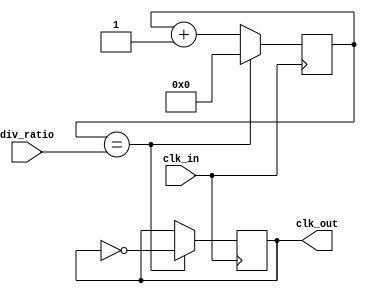
module fractional_clock_divider (
    input wire clk_in,
    input wire [7:0] div_ratio,
    output reg clk_out
);

reg [7:0] count;

always @ (posedge clk_in) begin
    if (count == div_ratio) begin
        count <= 0;
        clk_out <= ~clk_out;
    end else begin
        count <= count + 1;
    end
end

endmodule